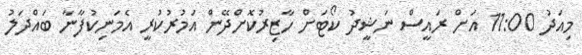
މިއަދު 11:00 އަށް ރައީސް ނަޝީދު ކޯޓަށް ހާޒިރުކޮށްދޭން އަމުރުކުރީ އެމަނިކުފާނާ ބައްދަލު